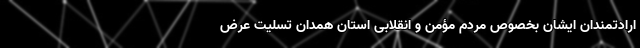
ارادتمندان ایشان بخصوص مردم مؤمن و انقلابی استان همدان تسلیت عرض